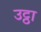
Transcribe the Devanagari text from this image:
उट्ठा